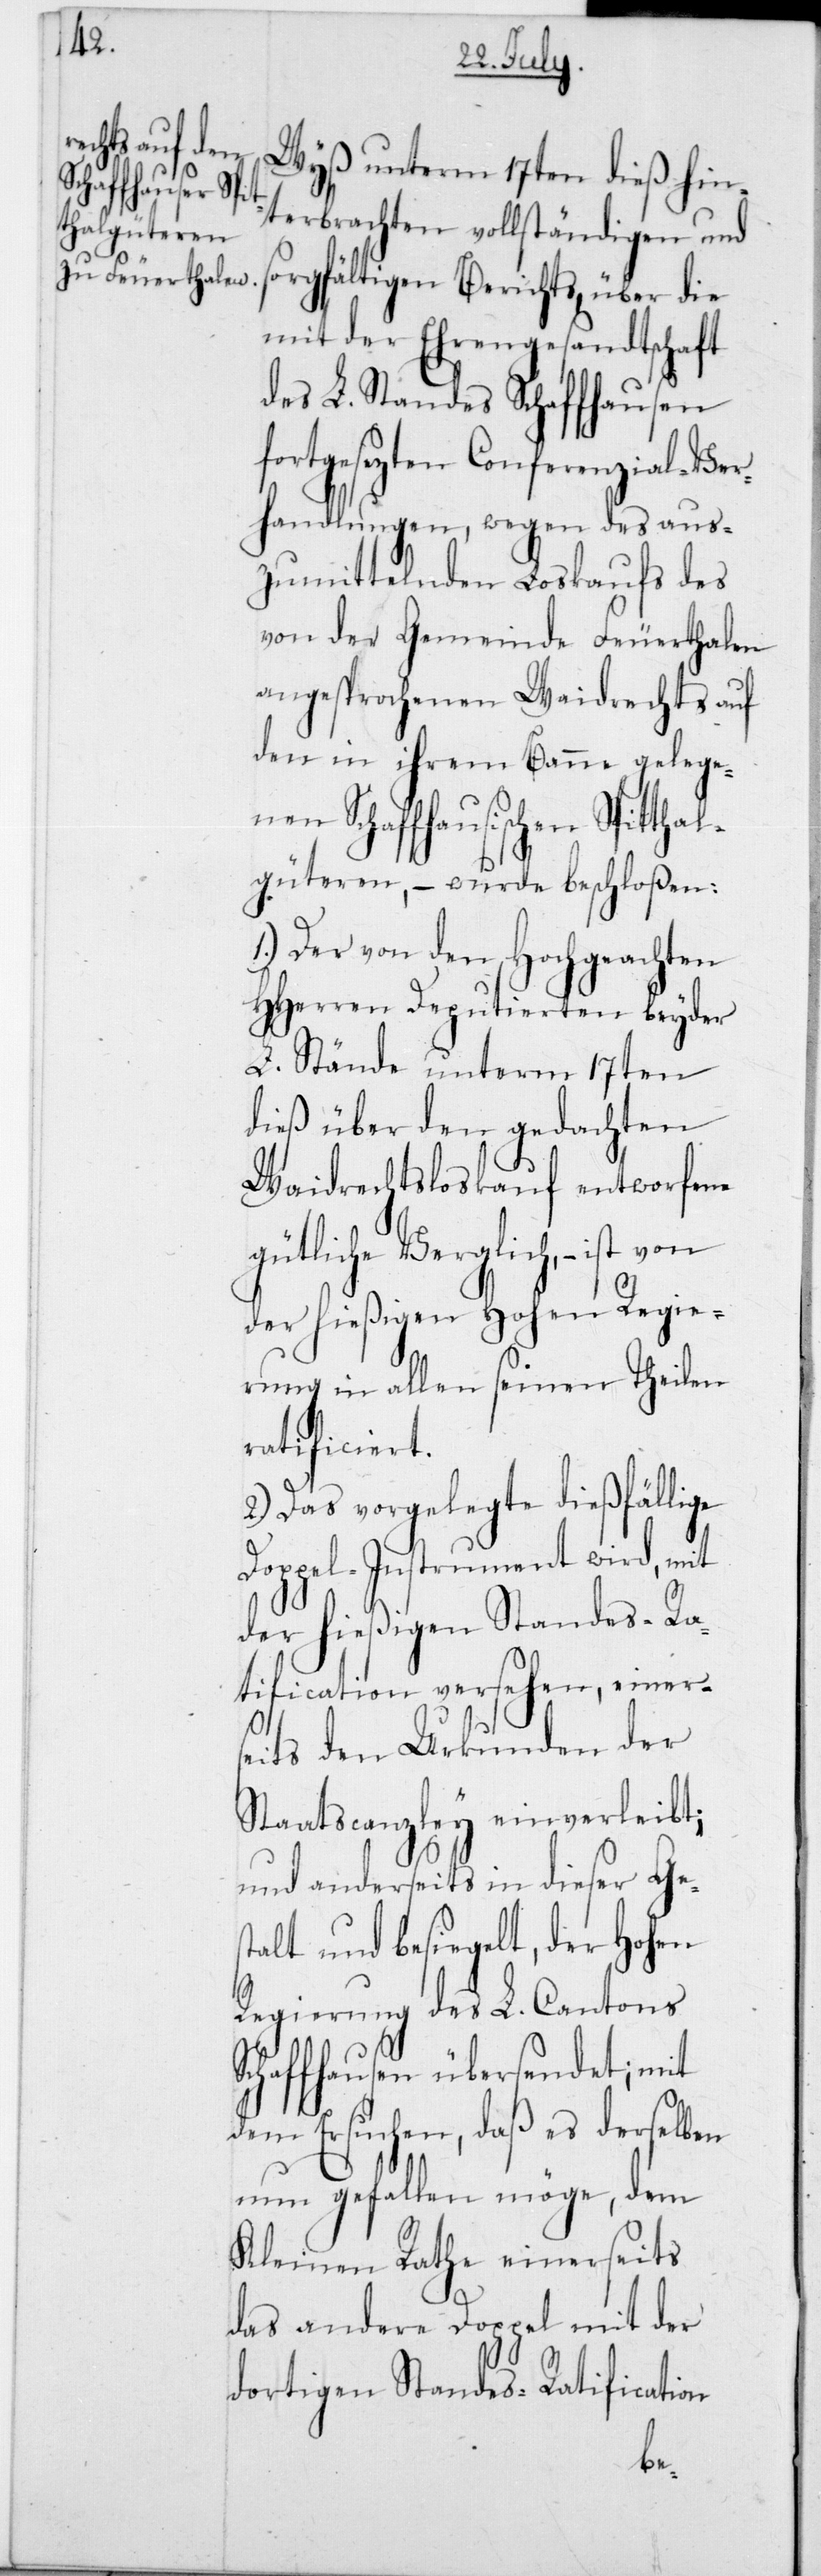
Wyß unterm 17ten dieß hin¬
terbrachten vollständigen und
sorgfältigen Berichts, über die
mit der Ehrengesandtschaft
des L. Standes Schaffhausen
fortgesezten Conferenzial-Ver¬
handlungen, wegen des aus¬
zumittelnden Loskaufs des
von der Gemeinde Feuerthalen
angesprochenen Waidrechts auf
den in ihrem Banne gelegen¬
en Schaffhausischen Spittha¬
lgüteren, – wurde beschloßen:
1.) Der von den Hochgeachten
HHerren Deputierten beyder
L. Stände unterm 17ten
dieß über den gedachten
Weidrechtsloskauf entworfene
gütliche Verglich, – ist
der hießigen Hohen Regie¬
rung in allen seinen Theilen
ratificiert.
2.) Das vorgelegte dießfällige
Doppel-Instrument wird, mit
der hießigenStandes-Ra¬
tification versehen, einers¬
eits den Urkunden der
Staatscanzley einverleibt;
und anderseits in dieser Ges¬
talt und besiegelt, der Hohen
Regierung des L. Cantons
Schaffhausen übersendet; mit
dem Ersuchen, daß es derselben
nun gefallen möge, dem
Kleinen Rathe einerseits
das andere Doppel mit der
dortigenStandes-Ratification